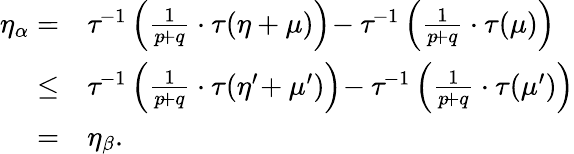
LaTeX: \begin{array}{rl}{\eta_{\alpha}=}&{\tau^{\! -1}\left(\frac{1}{p\! +q}\cdot\tau(\eta+\mu)\right)\! -\tau^{\! -1}\left(\frac{1}{p\! +q}\cdot\tau(\mu)\right)}\\ {\leq}&{\tau^{\! -1}\left(\frac{1}{p\! +q}\cdot\tau(\eta^{\prime}\! +\mu^{\prime})\right)\! -\tau^{\! -1}\left(\frac{1}{p\! +q}\cdot\tau(\mu^{\prime})\right)}\\ {=}&{\eta_{\beta}.}\end{array}